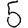
Digit: 5